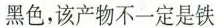
黑色，该产物不一定是铁